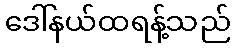
ဒေါ်နယ်ထရန့်သည်